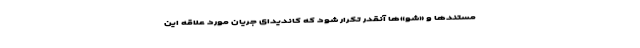
مستندها و «شو»ها آنقدر تکرار شود که کاندیدای جریان مورد علاقه این